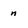
Character: n